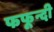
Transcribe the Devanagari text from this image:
फफून्दी